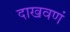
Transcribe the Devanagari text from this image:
दाखवणं